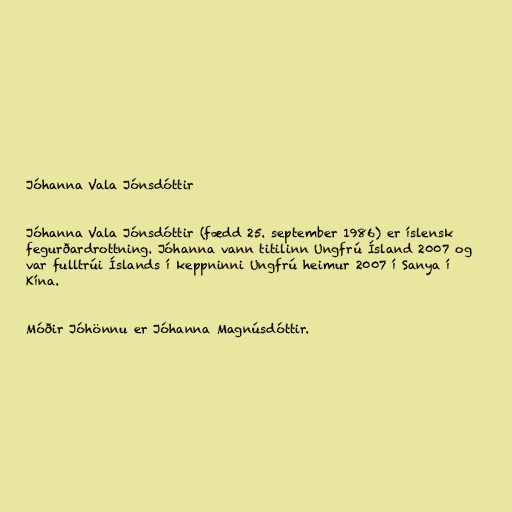
Jóhanna Vala Jónsdóttir

Jóhanna Vala Jónsdóttir (fædd 25. september 1986) er íslensk
fegurðardrottning. Jóhanna vann titilinn Ungfrú Ísland 2007 og
var fulltrúi Íslands í keppninni Ungfrú heimur 2007 í Sanya í
Kína.

Móðir Jóhönnu er Jóhanna Magnúsdóttir.